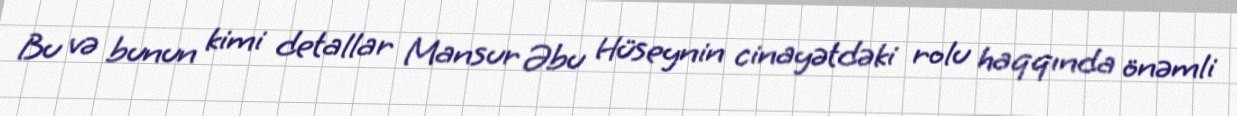
Bu və bunun kimi detallar Mansur Əbu Hüseynin cinayətdəki rolu haqqında önəmli